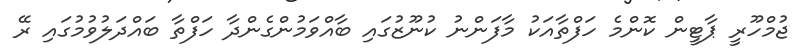
ޖުމްހޫރީ ޕާޓީން ކޮންމެ ހަފްތާއަކު މާފަންނު ކުނޫޒުގައި ބާއްވަމުންގެންދާ ހަފްތާ ބައްދަލުވުމުގައި ރޭ